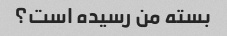
بسته من رسیده است؟